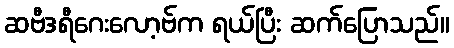
ဆဗီဒရီဂေးလော့ဗ်က ရယ်ပြီး ဆက်ပြောသည်။